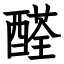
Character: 醛